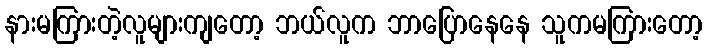
နားမကြားတဲ့လူများကျတော့ ဘယ်လူက ဘာပြောနေနေ သူကမကြားတော့